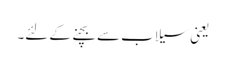
یعنی سیلاب سے بچنے کے لئے۔